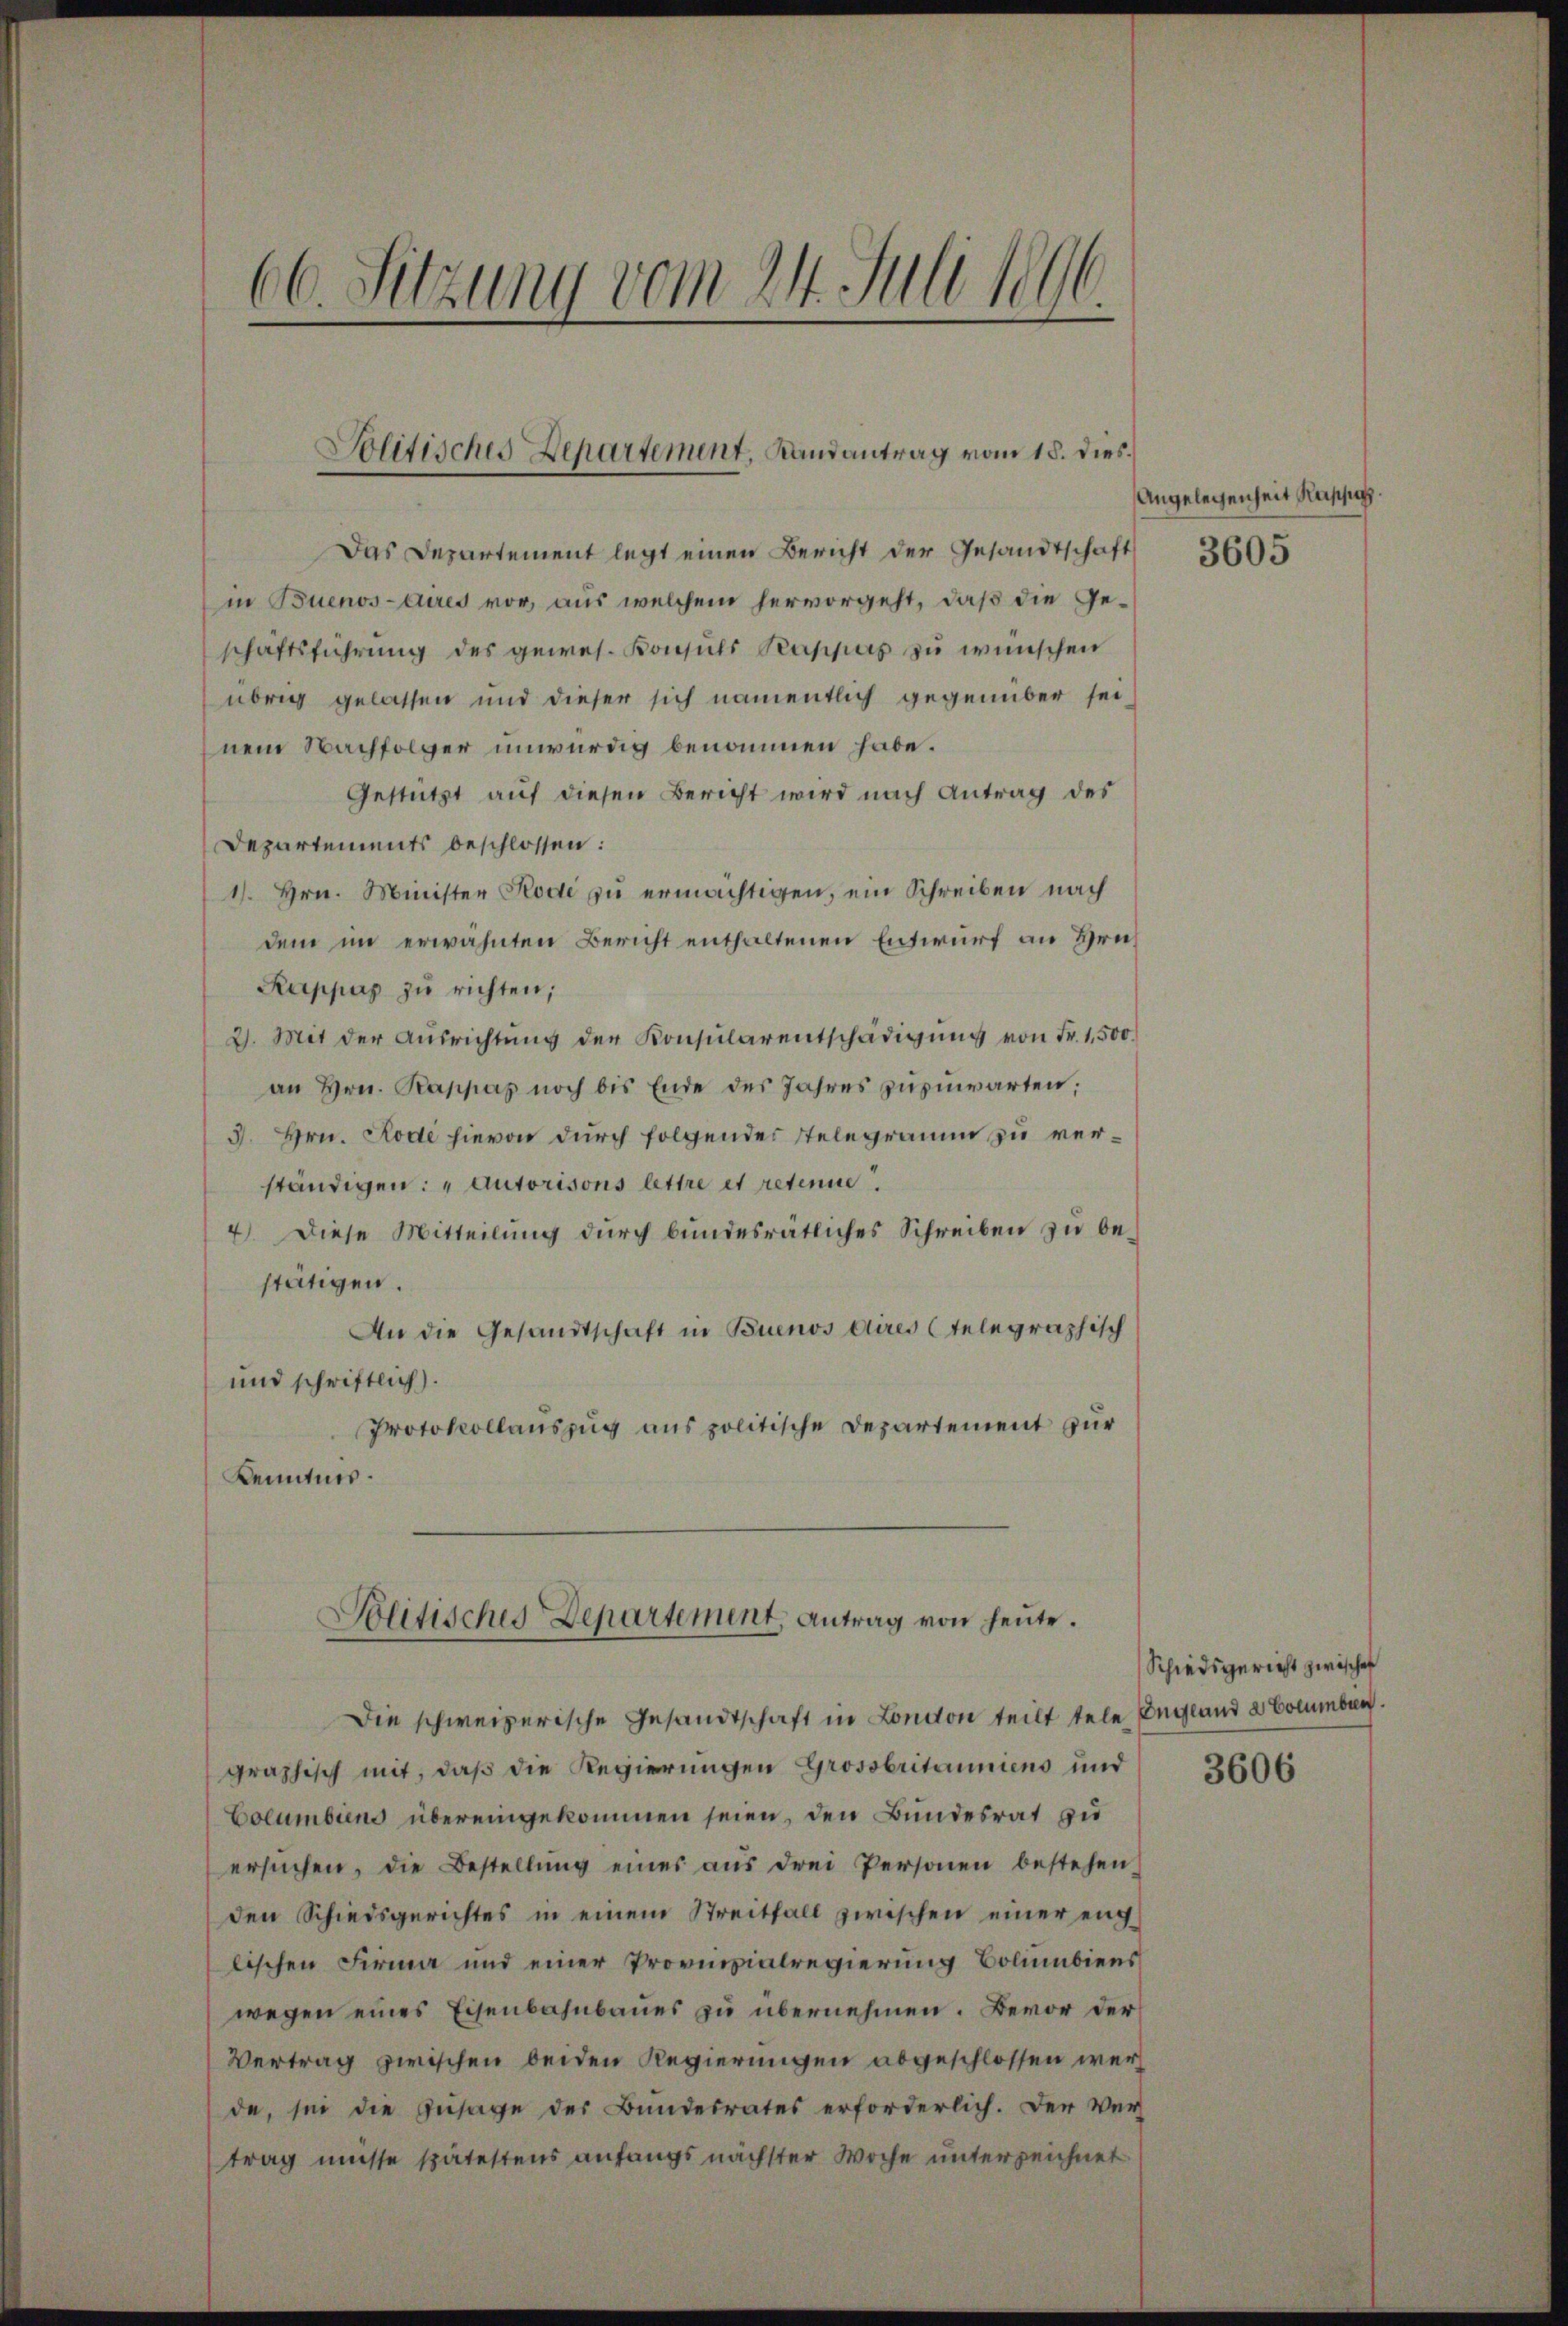
Das Departement legt einen Bericht der Gesandtschaft
in Buenos-Aires vor, aus welchem hervorgeht, daß die Geschaftsführung des gewes. Konsuls Pappes zu wünschen
übrig gelassen und dieser sich namentlich gegenüber sei-
nem Nachfolger unwürdig benommen habe.
Gestützt auf diesen Bericht wird nach Antrag des
Departements beschlossen:
1). Hrn. Minister Kode zu ermächtigen, ein Schreiben nach
dem im erwähnten Bericht enthaltenen Entwurf an Hrn
Kuppes zŭ richten;
2. Mit der Ausrichtŭng der Konsularentschädigŭng von Fr. 1,500
an Hrn. Rappas noch bis Ende des Jahres zuzuwarten;
3. Hrn. Rode hievon durch folgender Stelegramm zu verständigen: „Autorisons lettre et retenme
4) Diese Mitteilung durch bundesrätliches Schreiben zu bestätigen.
An die Gesandtschaft in Buenos Aires telegraphisch
und schriftlich).
Protokollauszug aus politische Departement zur
Kenntnis.

1
66. Sitzung vom 24. Juli 189.

Solitisches Departement, Randantrag vom 18. dies.

Solitisches Departement, Antrag von heute.

Die schweizerische Gesandtschaft in London teilt tele England a Columberg.
graphisch mit, daß die Regierungen Grossbritaniens und
Columbiens übereingekommen seien, den Bundesrat zu
ersŭchen, die Bestellŭng eines aŭs drei Personen bestehen,
den Schiedsgerichtes in einem Streitfall zwischen einer eng
lischen Firma und einer Provinzialregierung Bolumbiens
wegen eines Eisenbahnbaues zu übernehmen. Bevor der
Vertrag zwischen beiden Regierungen abgeschlossen werde, sei die Zusage der Bundesrates erforderlich. Der Ver
trag müsse spätestens anfangs nächster Woche unterzeichnet

Angelegenheit Kappa

3605

Schiedsgericht zwischen

3606